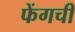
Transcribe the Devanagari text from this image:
फेंगची